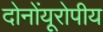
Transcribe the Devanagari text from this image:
दोनोंयूरोपीय